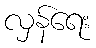
လှန်ရေး